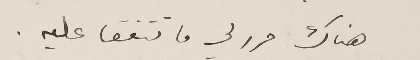
هناك حرر لي ما تتفقا عليه.